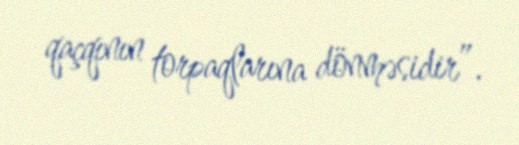
qaçqının torpaqlarına dönməsidir”.